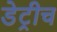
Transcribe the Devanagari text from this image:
डेट्रीच